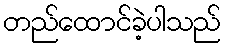
တည်ထောင်ခဲ့ပါသည်